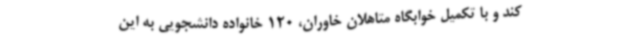
کند و با تکمیل خوابگاه متاهلان خاوران، 120 خانواده دانشجویی به این